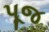
પૂજ